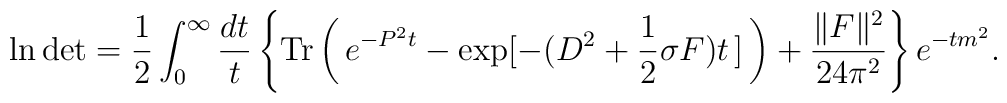
\ln \mbox{det} = \frac{1}{2} \int_0^\infty \frac{dt}{t} \left\{ \mbox{Tr}\left(\!\ e^{-P^2t} - \exp[-(D^2 + \frac{1}{2} \sigma F) t\!\ ]\!\ \right)+ \frac{\|F\|^2}{24\pi^2} \right\} e^{-tm^2}.